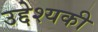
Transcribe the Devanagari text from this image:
उद्देश्यकी